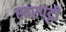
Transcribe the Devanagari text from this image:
स्वरपट्टी